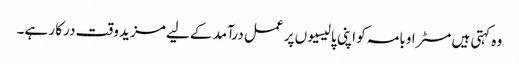
وہ کہتی ہیں مسٹر اوبامہ کو اپنی پالیسیوں پر عمل درآمد کے لیے مزید وقت درکا ر ہے۔